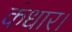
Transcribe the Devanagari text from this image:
कंधार।